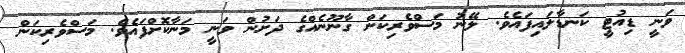
ވަނީ ޑިއުޓީ ކަނޑާލައިފައެވެ. ލޭނު މަސްވެރިކަން ގާނޫނެއްގެ ދަށުން ވަނީ މަނާކޮށްފައެވެ. މަސްވެރިކަން